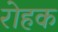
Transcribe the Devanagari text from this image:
रोहक